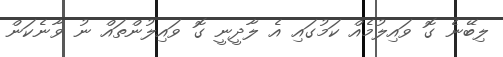
ލިބޭނެ ގޮ ވައިލުމެއް ކަމުގައި އެ ލާދީނީ ގޮ ވައިލުންތައް ނު ވާނެކަން